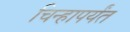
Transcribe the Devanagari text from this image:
चिन्हापर्यंत